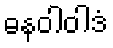
ဓနဝါဝါဒံ